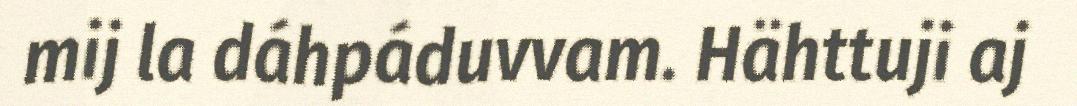
mij la dáhpáduvvam. Hähttuji aj